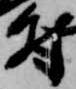
尉